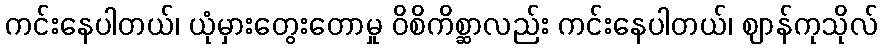
ကင်းနေပါတယ်၊ ယုံမှားတွေးတောမှု ဝိစိကိစ္ဆာလည်း ကင်းနေပါတယ်၊ ဈာန်ကုသိုလ်